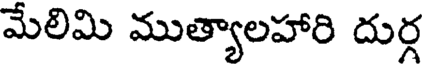
మేలిమి ముత్యాలహారి దుర్గ